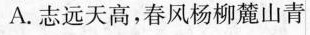
A.志远天高，春风杨柳麓山青